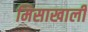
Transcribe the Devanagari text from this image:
मिसाखाली